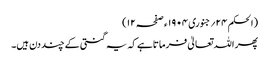
(الحکم ۲۴؍جنوری ۱۹۰۴ ء صفحہ ۱۲)
پھر اللہ تعالیٰ فرماتاہے کہ یہ گنتی کے چند دن ہیں۔